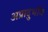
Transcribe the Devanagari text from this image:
अप्रादुर्भाव